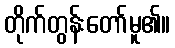
တိုက်တွန်းတော်မူ၏။